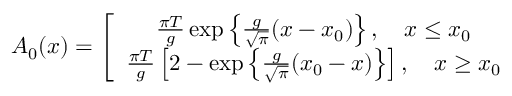
A _ { 0 } ( x ) = \left[ \begin{array} { c } { { \frac { \pi T } g \exp \left\{ \frac g { \sqrt { \pi } } ( x - x _ { 0 } ) \right\} , \ \ \ x \leq x _ { 0 } } } \\ { { \frac { \pi T } g \left[ 2 - \exp \left\{ \frac g { \sqrt { \pi } } ( x _ { 0 } - x ) \right\} \right] , \ \ \ x \geq x _ { 0 } } } \end{array} \right.